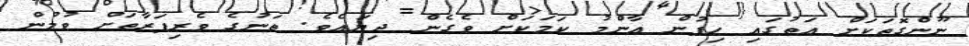
ނޫންގޮތަކަށް އަތުގައި ހިފުން އާންމު ކަމަކަށް ވެގެން ދިޔައެވެ. ތަނުގެ ވެެރިފަރާތަށް ވުމުން